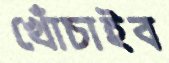
খোঁচাইব